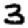
Digit: 3